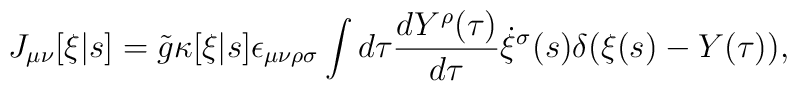
J_{\mu\nu}[\xi|s] = \tilde{g} \kappa[\xi|s] \epsilon_{\mu\nu\rho\sigma}   \int d\tau \frac{dY^\rho(\tau)}{d\tau} \dot{\xi}^\sigma(s)   \delta(\xi(s)-Y(\tau)),